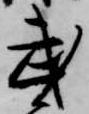
武